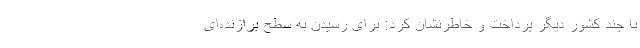
با چند کشور دیگر پرداخت و خاطرنشان کرد: برای رسیدن به سطح برازنده‌ای